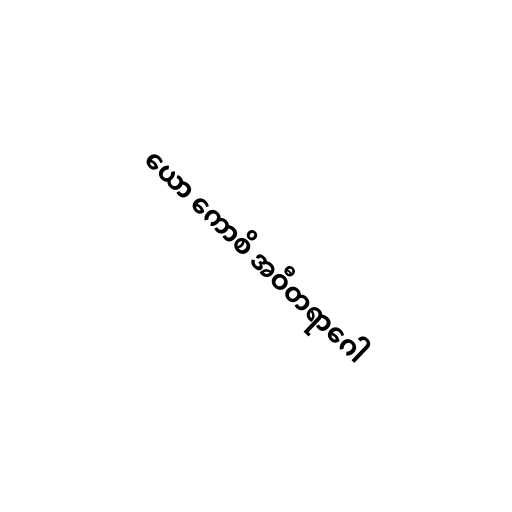
ယော ကောစိ အဝီတရာဂေါ